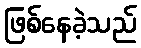
ဖြစ်နေခဲ့သည်